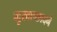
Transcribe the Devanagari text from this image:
मुखाच्छादने